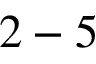
2 - 5